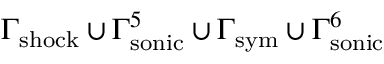
\Gamma _ { \mathrm { s h o c k } } \cup \Gamma _ { \mathrm { s o n i c } } ^ { 5 } \cup \Gamma _ { \mathrm { s y m } } \cup \Gamma _ { \mathrm { s o n i c } } ^ { 6 }